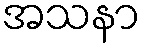
အသနာ